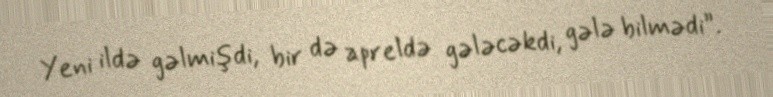
Yeni ildə gəlmişdi, bir də apreldə gələcəkdi, gələ bilmədi”.